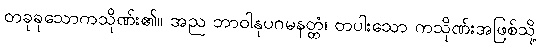
တခုခုသောကသိုဏ်း၏။ အည ဘာဝါနုပဂမနတ္တံ၊ တပါးသော ကသိုဏ်းအဖြစ်သို့